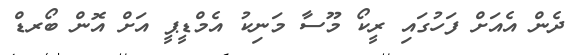
ދެން އެއަށް ފަހުގައި ރީކޯ މޫސާ މަނިކު އެމްޑީޕީ އަށް އޮން ބޯރޑް